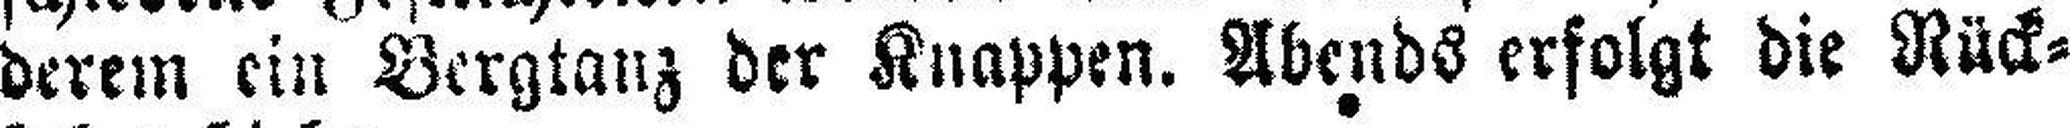
derem ein Bergtanz der Knappen. Abends erfolgt die Rück¬